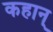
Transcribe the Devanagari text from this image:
कहान्